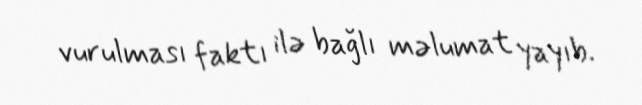
vurulması faktı ilə bağlı məlumat yayıb.